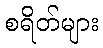
စရိတ်များ